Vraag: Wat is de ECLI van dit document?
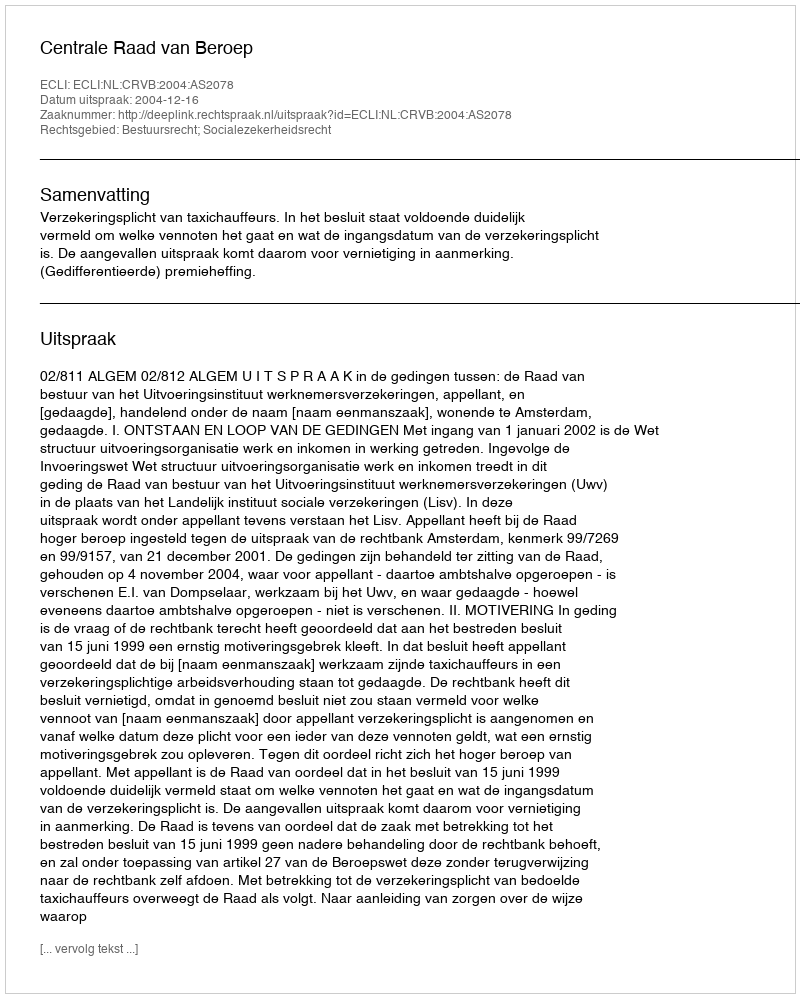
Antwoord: ECLI:NL:CRVB:2004:AS2078